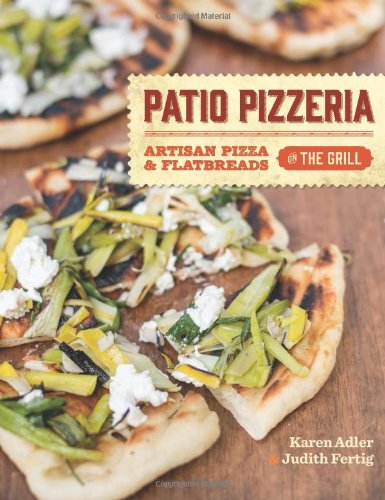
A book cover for Patio Pizzeria: Artisan Pizza and Flatbreads on the Grill; Karen Adler; Cookbooks, Food & Wine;